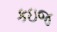
કઇજ